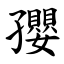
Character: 孾